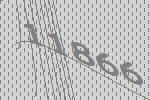
11866